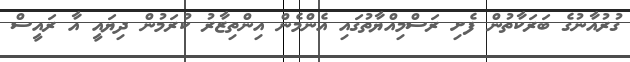
ގުރުއާނުގެ ބަރަކާތުން ފެށި ރަސްމިއްޔާތުގައި އެންމެން އިންތިޒާރު ކުރަމުން ދިޔައީ އާ ރައީސް